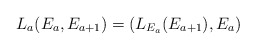
\begin{align*}L_{a}(E_a,E_{a+1}) = (L_{E_{a}}(E_{a+1}),E_a)\end{align*}